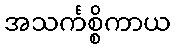
အသင်္ကစ္စိကာယ